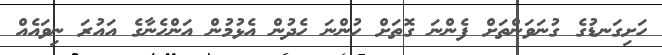
ހަށިގަނޑުގެ ގުނަވަންތަށް ފެންނަ ގޮތަށް ހުންނަ ހެދުން އެޅުމުން އަންހެނާގެ އައުރަ ނިވައެއް